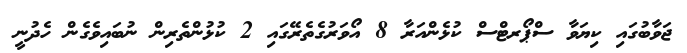
ޖަވާބުގައި ކިޔަވާ ސްޕޯރޓްސް ކުޅެންއަރާ 8 އޯވަރުގެތެރޭގައި 2 ކުޅުންތެރިން ނުބައިވެގެން ހެދުނީ